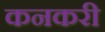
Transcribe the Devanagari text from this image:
कनकरी